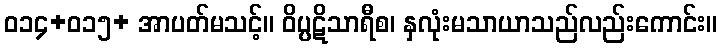
ဝ၁၄+၀၁၅+ အာပတ်မသင့်။ ဝိပ္ပဋိသာရီစ၊ နှလုံးမသာယာသည်လည်းကောင်း။